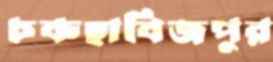
চকহাবিজপুর